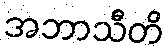
အဘာသီတိ